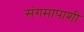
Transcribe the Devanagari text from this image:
संगमापाशी